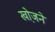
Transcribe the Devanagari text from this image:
खो़जने